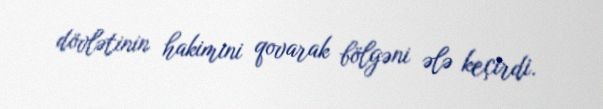
dövlətinin hakimini qovarak bölgəni ələ keçirdi.